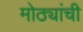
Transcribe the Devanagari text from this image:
मोठ्यांची